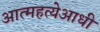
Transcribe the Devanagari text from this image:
आत्महत्येआधी